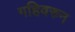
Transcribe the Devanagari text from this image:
गहिवरुन